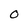
Character: 0